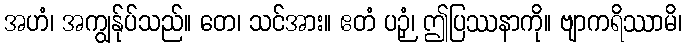
အဟံ၊ အကျွန်ုပ်သည်။ တေ၊ သင်အား။ ဧတံ ပဉှံ၊ ဤပြဿနာကို။ ဗျာကရိဿာမိ၊